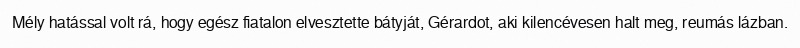
Mély hatással volt rá, hogy egész fiatalon elvesztette bátyját, Gérardot, aki kilencévesen halt meg, reumás lázban.